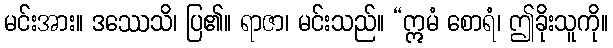
မင်းအား။ ဒဿေသိ၊ ပြ၏။ ရာဇာ၊ မင်းသည်။ “ဣမံ စောရံ၊ ဤခိုးသူကို။